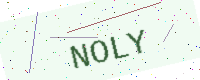
Text: NOLY